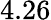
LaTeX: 4.26